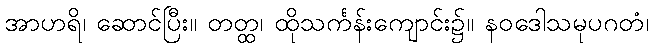
အာဟရိ၊ ဆောင်ပြီး။ တတ္ထ၊ ထိုသင်္ကန်းကျောင်း၌။ နဝဒေါသမုပဂတံ၊